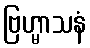
ဗြဟ္မာသနံ